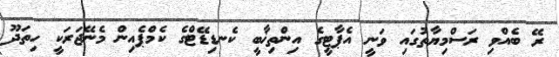
ރޭ ބެއްވި ރަސްމިޔާތުގައި ވަނީ އެޕާޓީގެ އިންތިޚާބީ ކެނޑިޑޭޓްގެ ކެމްޕެއިން މެނޭޖަރަކީ ހިތަދޫ